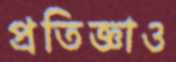
প্রতিজ্ঞাও